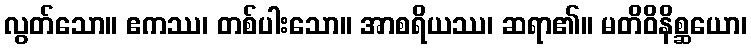
လွတ်သော။ ဧကဿ၊ တစ်ပါးသော။ အာစရိယဿ၊ ဆရာ၏။ မတိဝိနိစ္ဆယော၊